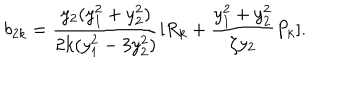
LaTeX: b _ { 2 k } = \frac { y _ { 2 } ( y _ { 1 } ^ { 2 } + y _ { 2 } ^ { 2 } ) } { 2 k ( y _ { 1 } ^ { 2 } - 3 y _ { 2 } ^ { 2 } ) } [ R _ { k } + \frac { y _ { 1 } ^ { 2 } + y _ { 2 } ^ { 2 } } { \zeta y _ { 2 } } P _ { k } ] .